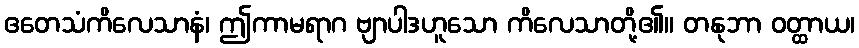
ဧတေသံကိလေသာနံ၊ ဤကာမရာဂ ဗျာပါဒဟူသော ကိလေသာတို့၏။ တနုဘာ ဝတ္ထာယ၊